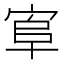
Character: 𰍄